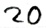
Text: 20